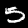
Label: 5